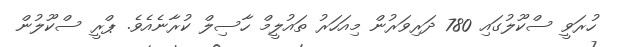
ހުރަވީ ސްކޫލުގައި 780 ދަރިވަރުން މިއަހަރު ތައުލީމް ހާސިލް ކުރާނެއެވެ. ޕްރީ ސްކޫލުން